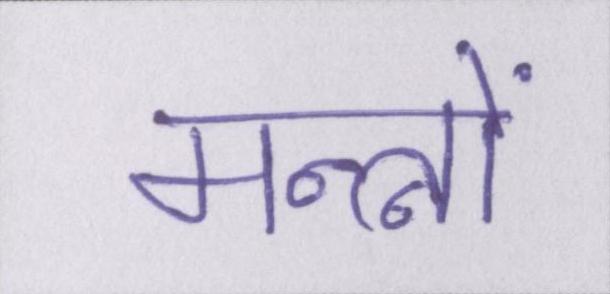
मन्त्रों